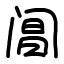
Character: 阊